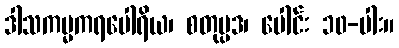
ဒါသကမ္မကရပေါရိယ၊ စတုပ္ပဒ၊ ပေါင်း ၁၀-ပါး။